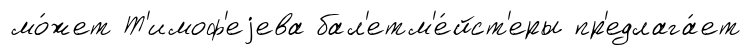
мо́жет Т'имоф'еjева бал'етм'е́йст'еры пр'едлага́ет